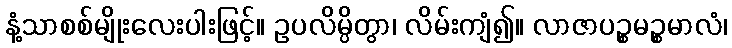
နံ့သာစစ်မျိုးလေးပါးဖြင့်။ ဥပလိမ္ပိတွာ၊ လိမ်းကျံ၍။ လာဇာပဉ္စမဉ္စမာလံ၊